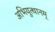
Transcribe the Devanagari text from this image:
अभियुत्थानम्